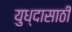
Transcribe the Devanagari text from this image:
युध्दासाठी